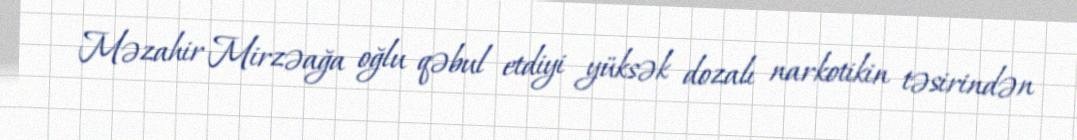
Məzahir Mirzəağa oğlu qəbul etdiyi yüksək dozalı narkotikin təsirindən